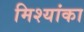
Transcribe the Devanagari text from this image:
मिश्यांका